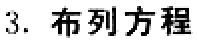
3. 布列方程